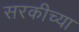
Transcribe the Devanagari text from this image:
सरकीच्या